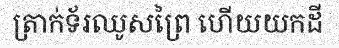
ត្រាក់ទ័រឈូសព្រៃ ហើយយកដី